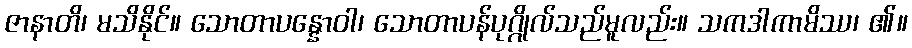
ဇာနာတိ၊ မသိနိုင်။ သောတာပန္နောဝါ၊ သောတာပန်ပုဂ္ဂိုလ်သည်မူလည်း။ သကဒါကာမိဿ၊ ၏။